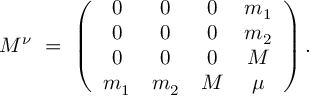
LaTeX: { \cal M } ^ { \nu } \ = \ \left( \begin{array} { c c c c } { { 0 } } & { { 0 } } & { { 0 } } & { { m _ { 1 } } } \\ { { 0 } } & { { 0 } } & { { 0 } } & { { m _ { 2 } } } \\ { { 0 } } & { { 0 } } & { { 0 } } & { { M } } \\ { { m _ { 1 } } } & { { m _ { 2 } } } & { { M } } & { { \mu } } \end{array} \right) .